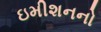
ઇમીશનનો